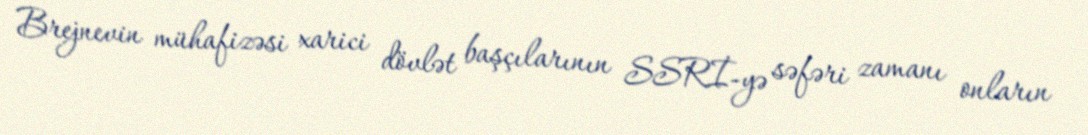
Brejnevin mühafizəsi xarici dövlət başçılarının SSRİ-yə səfəri zamanı onların